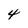
Character: 4